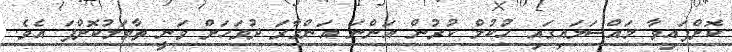
ކޮށްފައިވާ މައްސަލައިގައި ހުކުމް ކުރުން އަންނަ އަންގާރަ ދުވަހަށް ވަނީ ތާވަލުކޮށްފަ އެވެ.